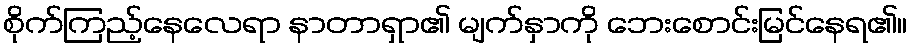
စိုက်ကြည့်နေလေရာ နာတာရှာ၏ မျက်နှာကို ဘေးစောင်းမြင်နေရ၏။